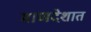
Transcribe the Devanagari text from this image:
माणदेशात